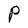
Character: P